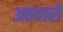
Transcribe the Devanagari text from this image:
अठवारों